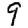
Digit: 9